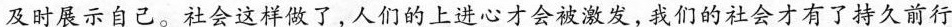
及时展示自己。社会这样做了，人们的上进心才会被激发，我们的社会才有了持久前行